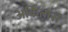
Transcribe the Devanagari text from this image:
अर्कितास